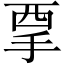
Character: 𱟷